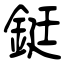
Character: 鋌